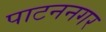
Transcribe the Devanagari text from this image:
पाटननगर